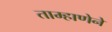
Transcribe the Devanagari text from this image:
ताम्हाणेने